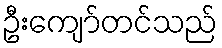
ဦးကျော်တင်သည်